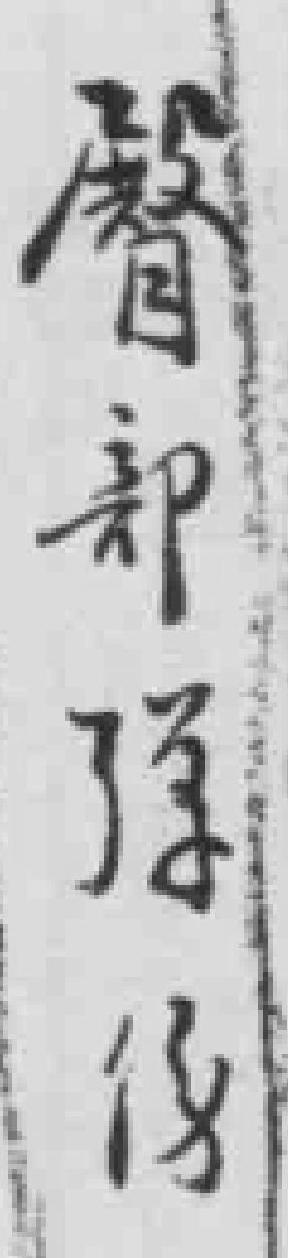
臀部弹伤